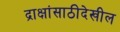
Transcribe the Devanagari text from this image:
द्राक्षांसाठीदेखील